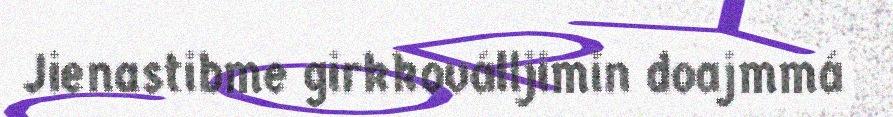
Jienastibme girkkoválljimin doajmmá